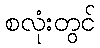
စလုံးတွင်